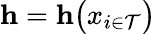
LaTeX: \mathbf{h}=\mathbf{h}\big({x}_{i\in\mathcal{T}}\big)